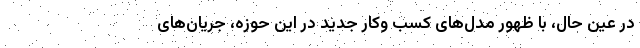
در عین حال، با ظهور مدل‌های کسب وکار جدید در این حوزه، جریان‌های